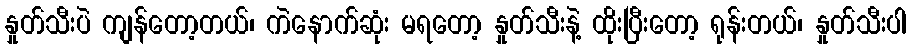
နှုတ်သီးပဲ ကျန်တော့တယ်၊ ကဲနောက်ဆုံး မရတော့ နှုတ်သီးနဲ့ ထိုးပြီးတော့ ရုန်းတယ်၊ နှုတ်သီးပါ